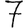
Digit: 7